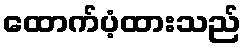
ထောက်ပံ့ထားသည်